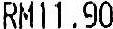
RM11.90